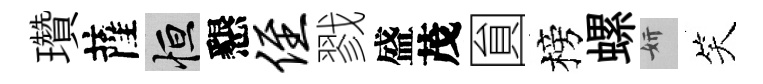
瓚薩恒懇侄戮盛茂圎榜螺妍笑